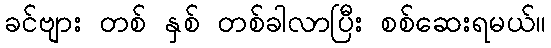
ခင်ဗျား တစ် နှစ် တစ်ခါလာပြီး စစ်ဆေးရမယ်။